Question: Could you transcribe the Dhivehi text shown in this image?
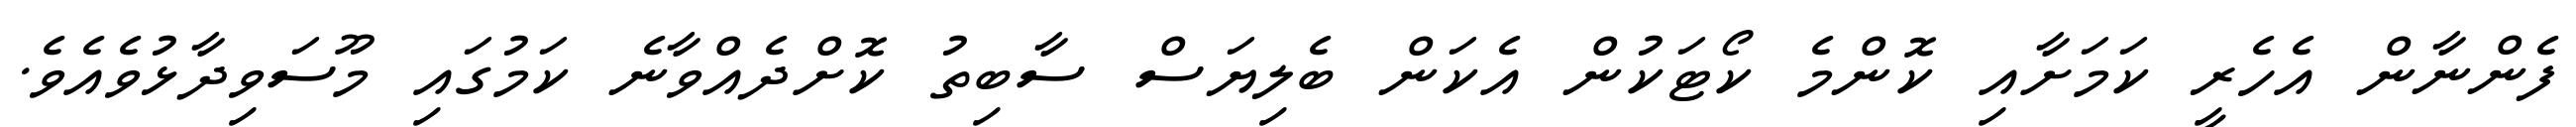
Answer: ފެންނާން އެހެރީ ކަމަށާއި ކޮންމެ ކޯޓަކުން އެކަން ބެލިޔަސް ސާބިތު ކޮށްދެއްވާނެ ކަމުގައި މޫސަވިދާޅުވެއެވެ.